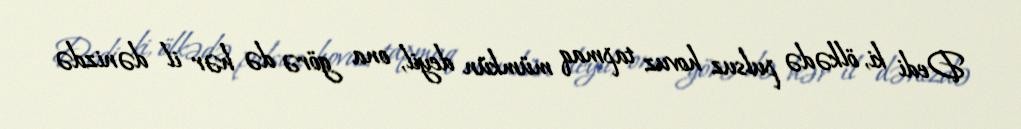
Dedi ki, ölkədə pulsuz hovuz tapmaq mümkün deyil, ona görə də hər il dənizdə